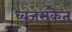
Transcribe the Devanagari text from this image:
ध्वजसंकेत